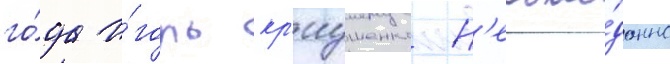
го́да и́горь кр'иушенко н'еожи́данно